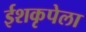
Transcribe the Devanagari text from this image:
ईशकृपेला